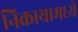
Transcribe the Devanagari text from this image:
निकायामध्ये